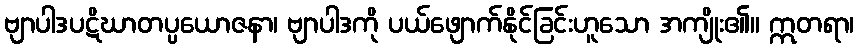
ဗျာပါဒပဋိဃာတပ္ပယောဇနာ၊ ဗျာပါဒကို ပယ်ဖျောက်နိုင်ခြင်းဟူသော အကျိုး၏။ ဣတရာ၊